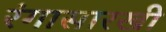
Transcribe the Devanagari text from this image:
रंगासारखी